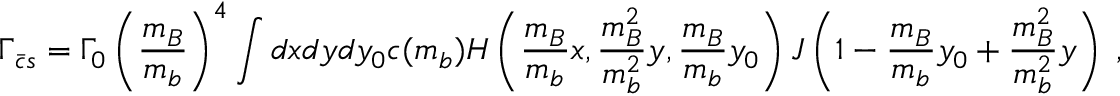
\Gamma _ { \bar { c } s } = \Gamma _ { 0 } \left( \frac { m _ { B } } { m _ { b } } \right) ^ { 4 } \int d x d y d y _ { 0 } c ( m _ { b } ) H \left( \frac { m _ { B } } { m _ { b } } x , \frac { m _ { B } ^ { 2 } } { m _ { b } ^ { 2 } } y , \frac { m _ { B } } { m _ { b } } y _ { 0 } \right) J \left( 1 - \frac { m _ { B } } { m _ { b } } y _ { 0 } + \frac { m _ { B } ^ { 2 } } { m _ { b } ^ { 2 } } y \right) \; ,